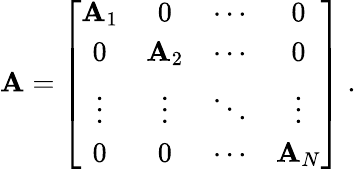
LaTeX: \mathbf{A}=\left[{\begin{array}{cccc}{\mathbf{A}_{1}}&{0}&{\cdots}&{0}\\ {0}&{\mathbf{A}_{2}}&{\cdots}&{0}\\ {\vdots}&{\vdots}&{\ddots}&{\vdots}\\ {0}&{0}&{\cdots}&{\mathbf{A}_{N}}\end{array}}\right]\; .